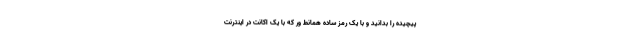
پیچیده را بدانید و با یک رمز ساده همانط ور که با یک اکانت در اینترنت